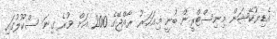
އެޑިޔުކޭޝަން މިނިސްޓްރީން ބުނީ މިއަހަރު ރާއްޖޭގެ 200 އަށް ވުރެ ގިނަ ސްކޫލުގައި